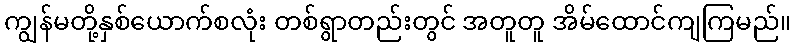
ကျွန်မတို့နှစ်ယောက်စလုံး တစ်ရွာတည်းတွင် အတူတူ အိမ်ထောင်ကျကြမည်။